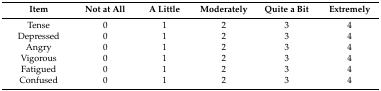
<table><thead><tr><td><b>Item</b></td><td><b>Not at All</b></td><td><b>A Little</b></td><td><b>Moderately</b></td><td><b>Quite a Bit</b></td><td><b>Extremely</b></td></tr></thead><tbody><tr><td>Tense</td><td>0</td><td>1</td><td>2</td><td>3</td><td>4</td></tr><tr><td>Depressed</td><td>0</td><td>1</td><td>2</td><td>3</td><td>4</td></tr><tr><td>Angry</td><td>0</td><td>1</td><td>2</td><td>3</td><td>4</td></tr><tr><td>Vigorous</td><td>0</td><td>1</td><td>2</td><td>3</td><td>4</td></tr><tr><td>Fatigued</td><td>0</td><td>1</td><td>2</td><td>3</td><td>4</td></tr><tr><td>Confused</td><td>0</td><td>1</td><td>2</td><td>3</td><td>4</td></tr></tbody></table>